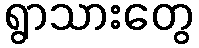
ရွာသားတွေ